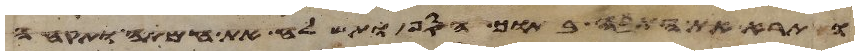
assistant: ותרא את התבה בתוך הסף ותשלח את אמתה ותקחה